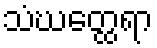
သံဃတ္ထေရာ